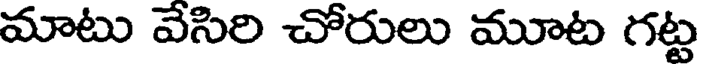
మాటు వేసిరి చోరులు మూట గట్ట